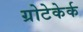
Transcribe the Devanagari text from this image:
ग्रोटेकेर्क